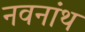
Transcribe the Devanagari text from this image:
नवनांथ